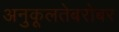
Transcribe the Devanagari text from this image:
अनुकूलतेबरोबर